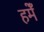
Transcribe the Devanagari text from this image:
हमेँ